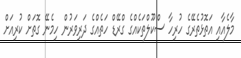
މާލެއާއި އަތޮޅުތެރޭގެ ހުރިހާ ސްކޫލްތަކެއްގެ ގްރޭޑް ހަތެއްގެ ދަރިވަރުން ހިމެނޭ ގޮތަށް ކުރިއަށް